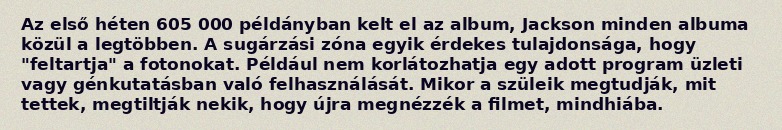
Az első héten 605 000 példányban kelt el az album, Jackson minden albuma közül a legtöbben. A sugárzási zóna egyik érdekes tulajdonsága, hogy "feltartja" a fotonokat. Például nem korlátozhatja egy adott program üzleti vagy génkutatásban való felhasználását. Mikor a szüleik megtudják, mit tettek, megtiltják nekik, hogy újra megnézzék a filmet, mindhiába.